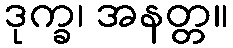
ဒုက္ခ၊ အနတ္တ။